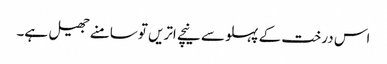
اس درخت کے پہلو سے نیچے اتریں تو سامنے جھیل ہے۔